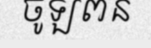
ចូឡពន